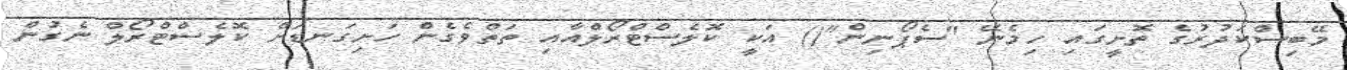
މޭބިސްކަދުރުގެ ތޮށީގައި ހިމެނޭ "ސެޕޯނިން"() އަކީ ކޮލެސްޓްރޯލްއާއި ތަތްވެގެން ހަށިގަނޑަށް ކޮލެސްޓްރޯލް ނެގުން